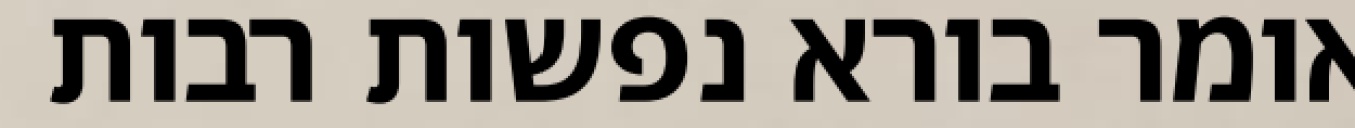
אומר בורא נפשות רבות